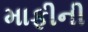
માફીની